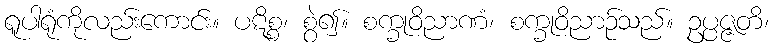
ရူပါရုံကိုလည်းကောင်း။ ပဋိစ္စ၊ စွဲ၍။ စက္ခုဝိညာဏံ၊ စက္ခုဝိညာဉ်သည်။ ဥပ္ပဇ္ဇတိ၊